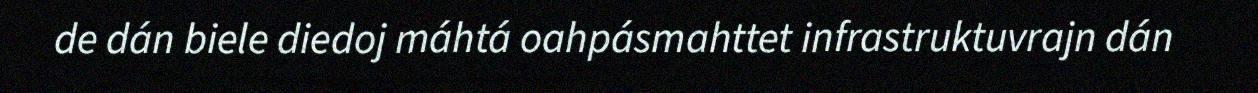
de dán biele diedoj máhtá oahpásmahttet infrastruktuvrajn dán